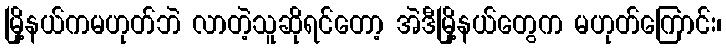
မြို့နယ်ကမဟုတ်ဘဲ လာတဲ့သူဆိုရင်တော့ အဲဒီမြို့နယ်တွေက မဟုတ်ကြောင်း၊